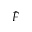
\hat { F }